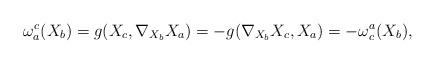
\begin{align*}\omega_{a}^{c}(X_b)= g(X_c, \nabla_{X_b}X_a)= -g(\nabla_{X_b}X_c, X_a)= -\omega_{c}^{a}(X_b), \end{align*}